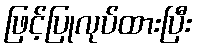
ဖြင့်ပြုလုပ်ထားပြီး